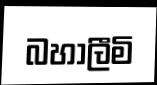
බහාලීමි